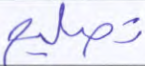
تصليح